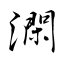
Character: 澖